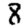
Digit: 8